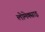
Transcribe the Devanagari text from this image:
लोमेक्साइ